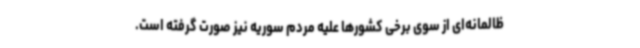
ظالمانه‌ای از سوی برخی کشورها علیه مردم سوریه نیز صورت گرفته است.